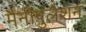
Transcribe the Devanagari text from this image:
मैनीपुलेशन